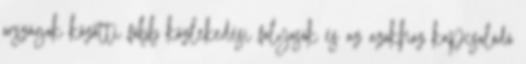
országok közötti főbb közlekedési folyosók és az azokhoz kapcsolódó